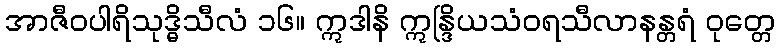
အာဇီဝပါရိသုဒ္ဓိသီလံ ၁၆။ ဣဒါနိ ဣန္ဒြိယသံဝရသီလာနန္တရံ ဝုတ္တေ